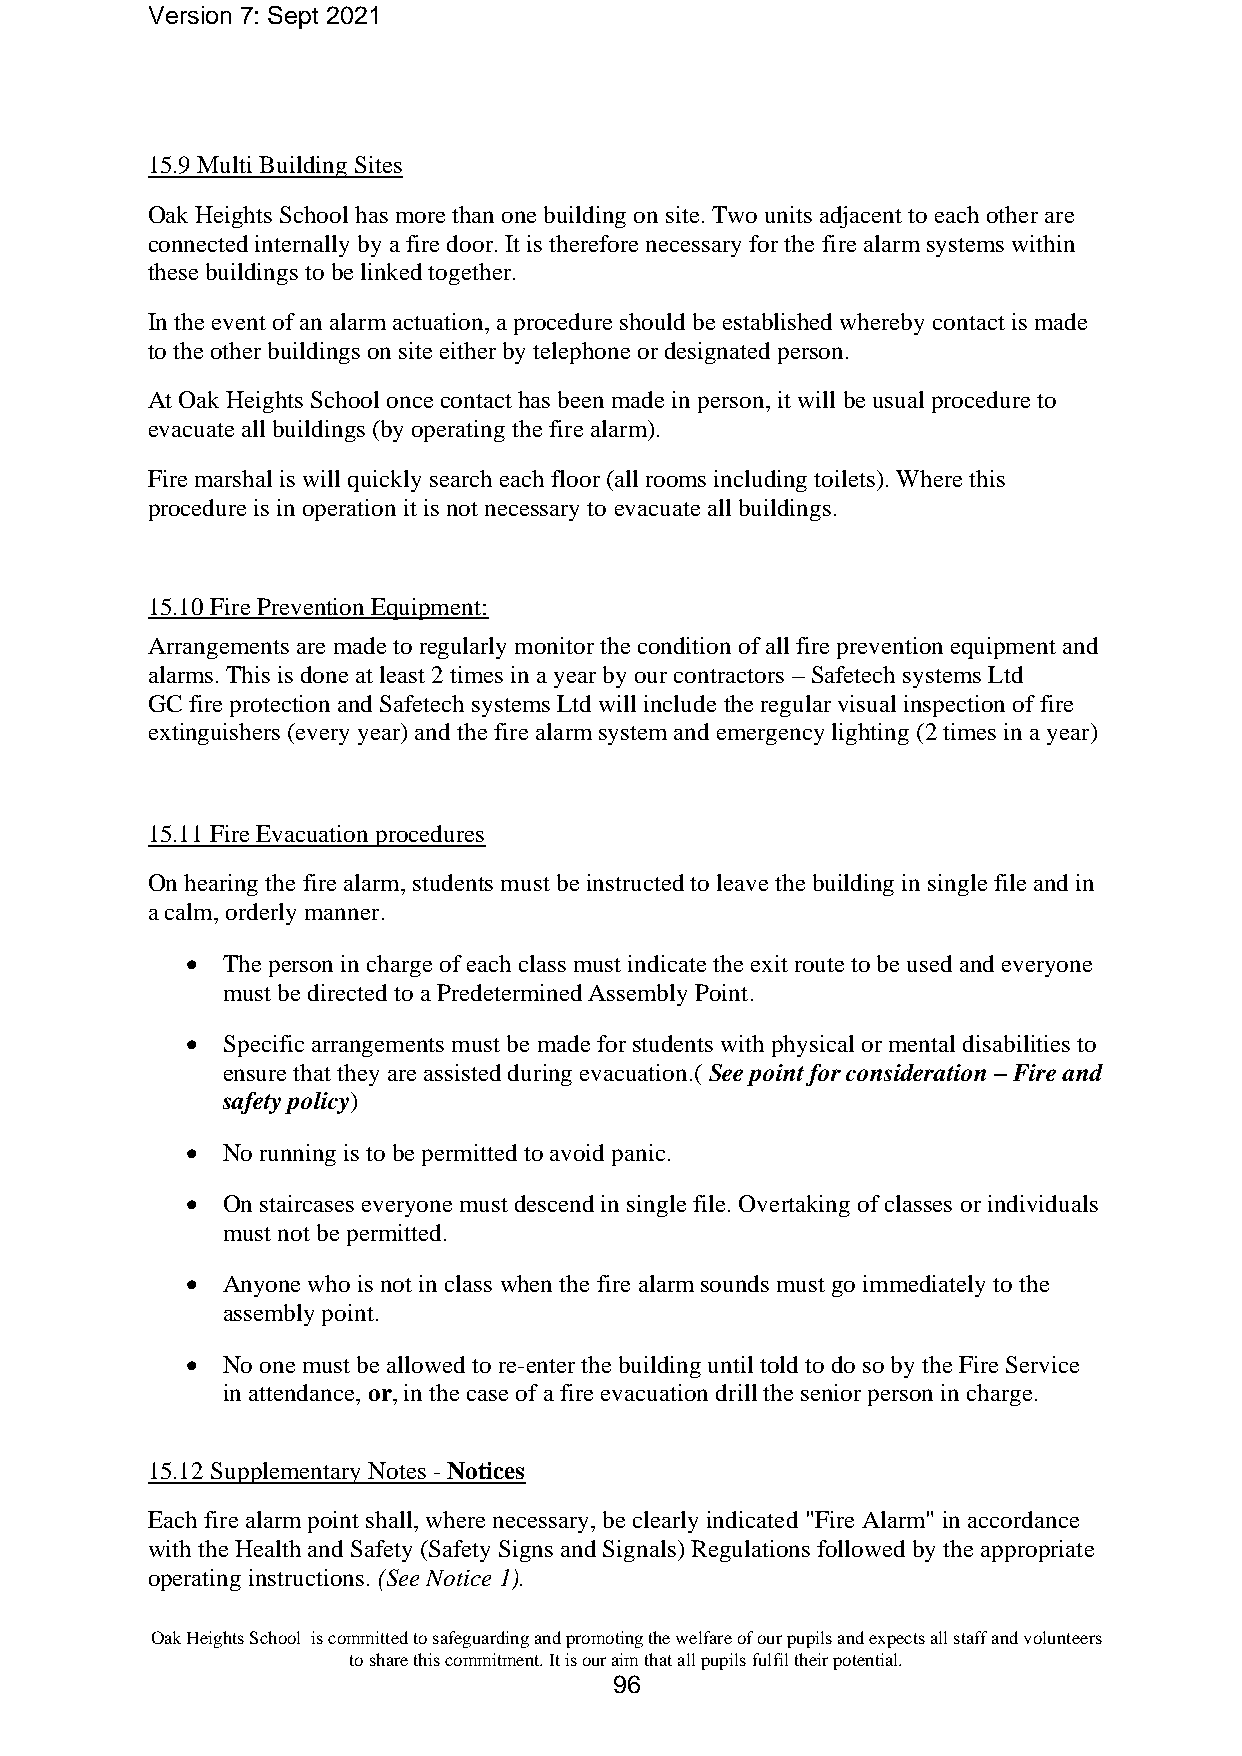
Version 7: Sept 2021
 15.9 Multi Building Sites
 Oak Heights School has more than one building on site. Two units adjacent to each other are
 connected internally by a fire door. It is therefore necessary for the fire alarm systems within
 these buildings to be linked together.
 In the event of an alarm actuation, a procedure should be established whereby contact is made
 to the other buildings on site either by telephone or designated person.
 At Oak Heights School once contact has been made in person, it will be usual procedure to
 evacuate all buildings (by operating the fire alarm).
 Fire marshal is will quickly search each floor (all rooms including toilets). Where this
 procedure is in operation it is not necessary to evacuate all buildings.
 15.10 Fire Prevention Equipment:
 Arrangements are made to regularly monitor the condition of all fire prevention equipment and
 alarms. This is done at least 2 times in a year by our contractors – Safetech systems Ltd
 GC fire protection and Safetech systems Ltd will include the regular visual inspection of fire
 extinguishers (every year) and the fire alarm system and emergency lighting (2 times in a year)
 15.11 Fire Evacuation procedures
 On hearing the fire alarm, students must be instructed to leave the building in single file and in
 a calm, orderly manner.
 •  The person in charge of each class must indicate the exit route to be used and everyone
 must be directed to a Predetermined Assembly Point.
 •  Specific arrangements must be made for students with physical or mental disabilities to
 ensure that they are assisted during evacuation.( See point for consideration – Fire and
 safety policy)
 •  No running is to be permitted to avoid panic.
 •  On staircases everyone must descend in single file. Overtaking of classes or individuals
 must not be permitted.
 •  Anyone who is not in class when the fire alarm sounds must go immediately to the
 assembly point.
 •  No one must be allowed to re-enter the building until told to do so by the Fire Service
 in attendance, or, in the case of a fire evacuation drill the senior person in charge.
 15.12 Supplementary Notes - Notices
 Each fire alarm point shall, where necessary, be clearly indicated "Fire Alarm" in accordance
 with the Health and Safety (Safety Signs and Signals) Regulations followed by the appropriate
 operating instructions. (See Notice 1).
 Oak Heights School is committed to safeguarding and promoting the welfare of our pupils and expects all staff and volunteers
 to share this commitment. It is our aim that all pupils fulfil their potential.
 96